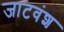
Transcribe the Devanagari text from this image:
जाटवंश